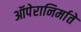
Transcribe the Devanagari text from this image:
ऑपेरानिर्माते